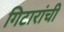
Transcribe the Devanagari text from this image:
गिटारांची